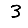
Digit: 3